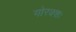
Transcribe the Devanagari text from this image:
गोरक्शः